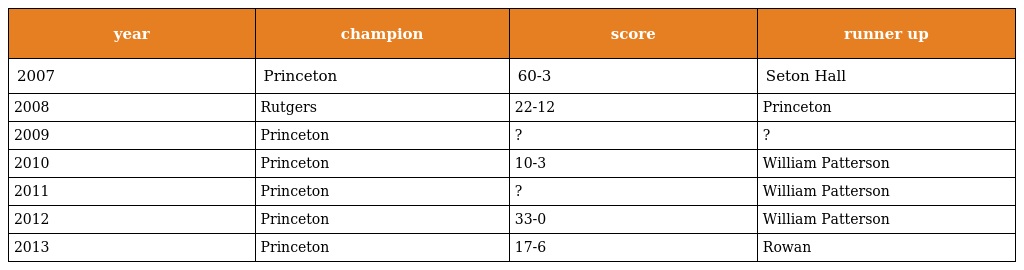
| year | champion | score | runner up |
 | --- | --- | --- | --- |
 | 2007 | Princeton | 60-3 | Seton Hall |
 | 2008 | Rutgers | 22-12 | Princeton |
 | 2009 | Princeton | ? | ? |
 | 2010 | Princeton | 10-3 | William Patterson |
 | 2011 | Princeton | ? | William Patterson |
 | 2012 | Princeton | 33-0 | William Patterson |
 | 2013 | Princeton | 17-6 | Rowan |